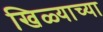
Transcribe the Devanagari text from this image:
खिळ्याच्या